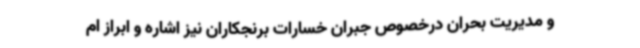
و مدیریت بحران درخصوص جبران خسارات برنجکاران نیز اشاره و ابراز ام